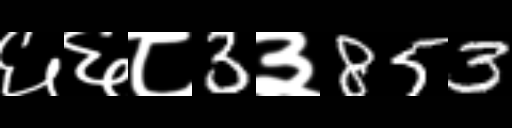
Text: ६६८3३853